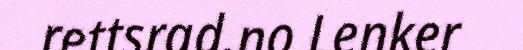
rettsrad.no Lenker